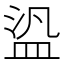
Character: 盕